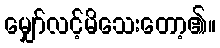
မျှော်လင့်မိသေးတော့၏။